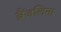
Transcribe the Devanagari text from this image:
ब्रैंजलिना